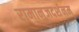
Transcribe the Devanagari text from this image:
रामानुजदर्शनम्